Indian journal of veterinary science and animal husbandry - Volume 14,
Year: 1944
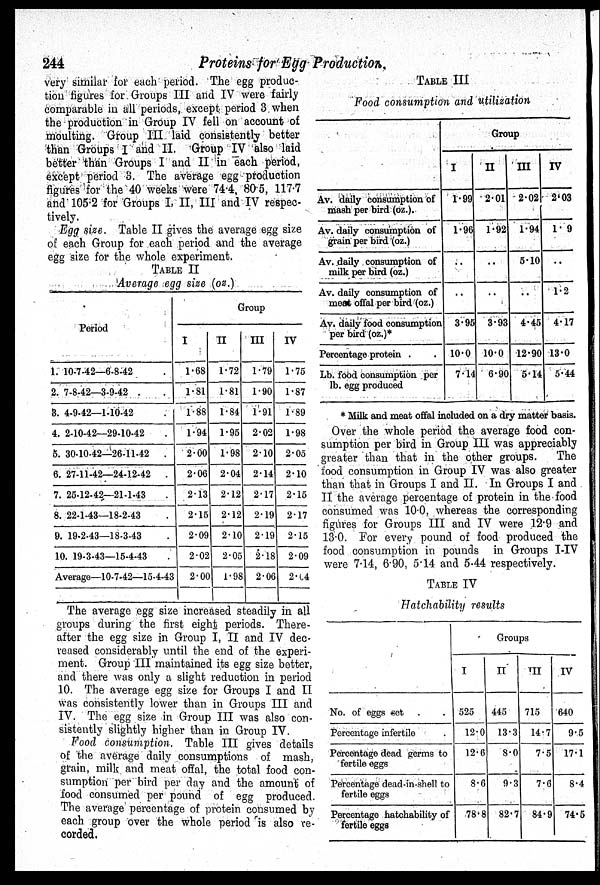
244
Proteins for Egg Production.
very similar for each period. The egg produc-
tion figures for Groups III and IV were fairly
comparable in all periods, except period 3 when
the production in Group IV fell on account of
moulting. Group III laid consistently better
than Groups I and II. Group IV also laid
better than Groups I and II in each period,
except period 3. The average egg production
figures for the 40 weeks were 74.4, 80.5, 117.7
and 105.2 for Groups I, II, III and IV respec-
tively.
Egg size. Table II gives the average egg size
of each Group for each period and the average
egg size for the whole experiment.
TABLE II
Average egg size (oz.)
Period
1. 10-7-42—6-8-42 .
2. 7-8-42—3-9-42 . .
3. 4-9-42—1-10-42
4. 2-10-42—29-10-42
5. 30-10-42—26-11-42 .
6. 27-11-42—24-12-42 .
7. 25-12-42—21-1-43 .
8. 22-1-43—18-2-43 .
9. 19-2-43—18-3-43 .
10. 19-3-43—15-4-43 .
Average—10-7-42—15-4-43
Group
I
1.68
1.81
1.88
1.94
2.00
2.06
2.13
2.15
2.09
2.02
2.00
II
1.72
1.81
1.84
1.95
1.98
2.04
2.12
2.12
2.10
2.05
1.98
III
1.79
1.90
1.91
2.02
2.10
2.14
2.17
2.19
2.19
2.18
2.06
IV
1.75
1.87
1.89
1.98
2.05
2.10
2.15
2.17
2.15
2.09
2.04
The average egg size increased steadily in all
groups during the first eight periods. There-
after the egg size in Group I, II and IV dec-
reased considerably until the end of the experi-
ment. Group III maintained its egg size better,
and there was only a slight reduction in period
10. The average egg size for Groups I and II
was consistently lower than in Groups III and
IV. The egg size in Group III was also con-
sistently slightly higher than in Group IV.
Food consumption. Table III gives details
of the average daily consumptions of mash,
grain, milk and meat offal, the total food con-
sumption per bird per day and the amount of
food consumed per pound of egg produced.
The average percentage of protein consumed by
each group over the whole period is also re-
corded.
TABLE III
Food consumption and utilization
Av. daily consumption of
mash per bird (oz.).
Av. daily consumption of
grain per bird (oz.)
Av. daily consumption of
milk per bird (oz.)
Av. daily consumption of
meat offal per bird (oz.)
Av. daily food consumption
per bird (oz.)*
Percentage protein .
Lb. food consumption per
lb. egg produced
Group
I
1.99
1.96
. .
. .
3.95
10.0
7.14
II
2.01
1.92
. .
. .
3.93
10.0
6.90
III
2.02
1.94
5.10
. .
4.45
12.90
5.14
IV
2.03
1. 9
. .
1.2
4.17
13.0
5.44
* Milk and meat offal included on a dry matter basis.
Over the whole period the average food con-
sumption per bird in Group III was appreciably
greater than that in the other groups. The
food consumption in Group IV was also greater
than that in Groups I and II. In Groups I and
II the average percentage of protein in the food
consumed was 10.0, whereas the corresponding
figures for Groups III and IV were 12.9 and
13.0. For every pound of food produced the
food consumption in pounds in Groups I-IV
were 7.14, 6.90, 5.14 and 5.44 respectively.
TABLE IV
Hatchability results
No. of eggs set . .
Percentage infertile .
Percentage dead germs to
fertile eggs
Percentage dead-in-shell to
fertile eggs
Percentage hatchability of
fertile eggs
Groups
I
525
12.0
12.6
8.6
78.8
II
445
13.3
8.0
9.3
82.7
III
715
14.7
7.5
7.6
84.9
IV
640
9.5
17.1
8.4
74.5